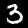
Digit: 3